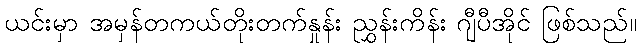
ယင်းမှာ အမှန်တကယ်တိုးတက်နှုန်း ညွှန်းကိန်း ဂျီပီအိုင် ဖြစ်သည်။